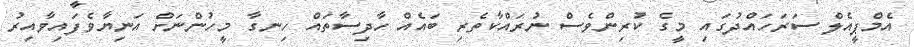
އެމްޕީއެލް ސަރަހައްދުގައި މީގެ ކުރިންވެސް ނުރައްކާތެރި ބައެއް ހާދިސާތައް ހިނގާ މީހުންނަށް އަނިޔާވެފައިވާއިރު